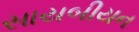
સાયબીયન